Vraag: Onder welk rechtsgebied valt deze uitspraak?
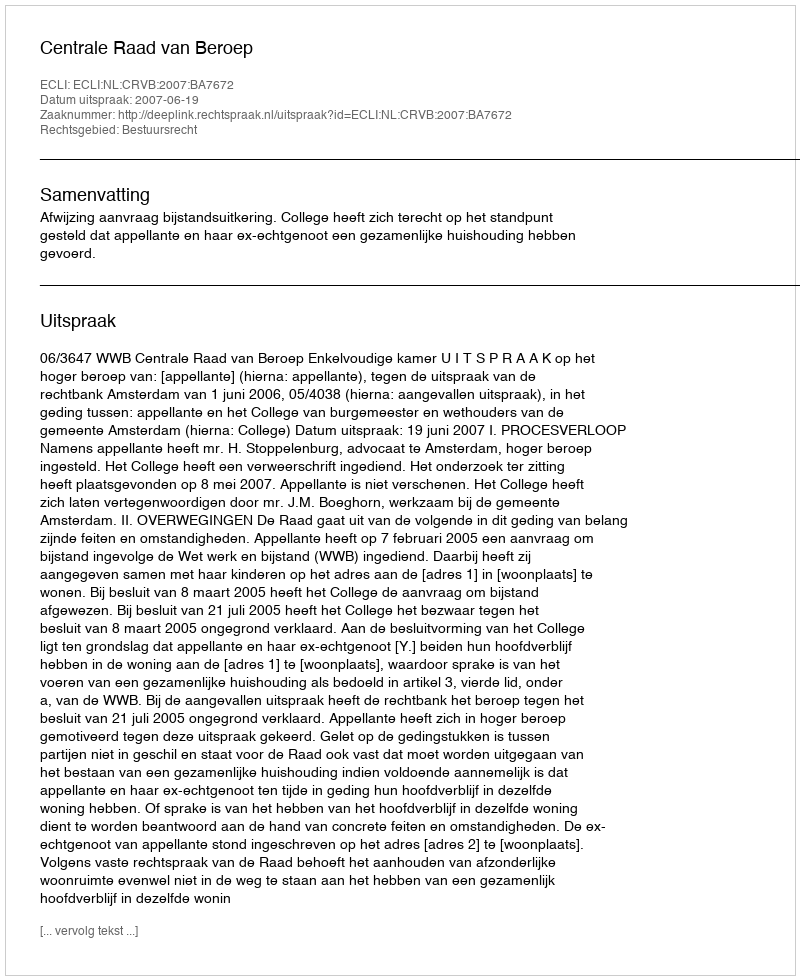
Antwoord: Bestuursrecht